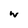
Character: w